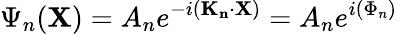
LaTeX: \Psi_{n}(\mathbf{X})=A_{n}e^{-i(\mathbf{K_{n}}\cdot\mathbf{X})}=A_{n}e^{i(\Phi_{n})}